Medical and sanitary report of the native army of Bengal for the year
Year: 1874
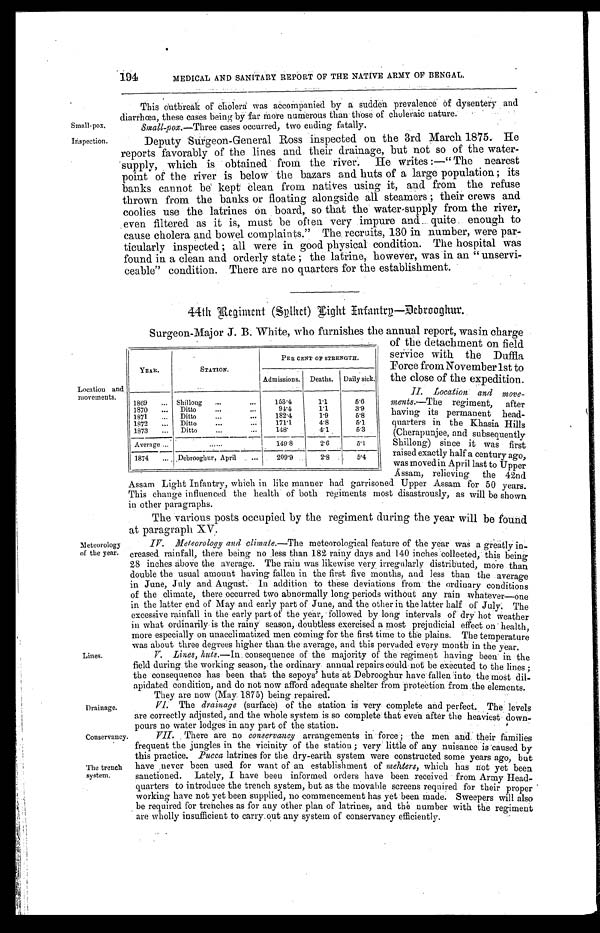
Small - pox.
Inspection.
Conservancy.
The trench
system.
194
MEDICAL AND SANITARY REPORT OF THE NATIVE ARMY OF BENGAL.
tthis outbreak of cholera was accompanied by a Sudden prevalence of dysent
er y
and
diarrhœa, these cases being by far More nurerous than those of choleraic nature.
Small-pox. —Three cases occurred, two ending fatally.
Deputy Surgeon-General Ross inspected on the 3rd March 1875. He
reports favorably of the lines and their drainage, but not so of the water-
supply, which is obtained from the river. He writes :—" The nearest
point of the river is below the bazars and huts of a large population; its
banks cannot be kept clean from natives using it, and from the refuse
thrown from the banks or floating alongside all steamers; their crews and
coolies use the latrines on board, so that the water-supply from the river,
even filtered as it is, must be often very impure and.. quite enough to
cause cholera and bowel complaints." The recruits, 130 in number, were par--
ticularly inspected ; all were in good physical condition. The hospital was
found in a clean and orderly state; the latrine, however, was in an " unservi--
ceable" condition. There are no quarters for the establishment.
44th Regiment (Splint) light Infantrp-debrooghur.
Surgeon-Maior J. B. White, who furnishes the annual report, wasin charge
Location and
movements.
YEAR.
STATION.
PER CENT OF STRENGTH.
Admissions. Deaths. Daily sick.
1869
... Shillong ...
...
153.4
1.1
5.6
1870 ... Ditto
...
...
91.4
1.1
3.9
1871
... Ditto
...
...
182.4
1.9
5.8
1872
... Ditto
...
. . .
171.1
4.8
5.1
1873
... Ditto
...
...
148.
4 . 1 5.3
_
Average ...
. . . . . .
1 4 9 . 8
2.6
5.l
1874 ... ,Debrooghur, April ...
209.9
2 . 8 5.4
of the detachment on field
service with the Duffla
Force from November 1st to
the close of the expedition.
II. Location: and move-
ments.—The regiment, after
having its permanent head-
quarters in the Khasia Hills
(Cherapunjee, and subsequently
Shillong) since it was first
raised exactly half a century ago,
was moved in April last to Upper
Assam, relieving the 42nd
Meteorology
of the year.
Lines.
Drainage.
Assam Light Infantry, which in like manner had garrisoned Upper Assam for 50 years.
This change influenced the health of both regiments most disastrously, as will be shown
in other paragraphs.
The various posts occupied by tine regiment miring the year will be found
at paragraph Xy.
IV
IV. Mereorocogy and, climate.—The meteorological feature of the year was a greatly
in-creased rainfall, there being no less than 182 rainy days and 140 inches:collected, this being
28 inches above the average. The rain was likewise very irregularly distributed, more than
double the usual amount having fallen in the first five months, and less than the average
in June, July and August. In addition to these deviations from . the ordinary conditions
of the climate, there occurred two abnormally long periods without any rain whatever—one
in the latter end of May and early part of June, and the other in the latter half of July. The
excessive rainfall in the early part of the year, followed by long intervals of dry hot weather
in what ordinarily is the rainy season, doubtless exercised a most prejudicial effect on health,
more especially on unacelimatized men coming for the first time to the plains. The temperature
was about three degrees higher than. the average, and this pervaded every month in the year.
V. Lines, huts.—In consequence of the majority of the regiment having been. in the
field during the working season, the ordinary annual repairs could not be executed to the lines.;
the consequence has been that the sepoys' huts at Debrooghur have fallen into the most dil-
apidated condition, and do not now afford adequate shelter from protection from the elements.
They are now (may. 1875 ) being repaired.
VI. The drainage (surface) of the station is very complete and perfect. The levels
are correctly adjusted, and the whole system is so complete that even after the heaviest : down-
pours no water lodges in any part of the station.
VII. There are no conservancy arrangements in force; the men and their families
frequent the jungles in the vicinity of the station; very little of any nuisance is.caused by
this practice. Pucca latrines for the dry-earth system were constructed some years ago, but
have ,never been used for want of an establishment of mehters, which has not yet been
sanctioned. Lately, I have been informed orders
quarters to introduce the trench system, but as the movable screens required for their proper
working have not yet been supplied, no commencement has yet been made. Sweepers will also
be required for trenches as for any other plan of latrines, and the number with the regiment
are wholly insufficient to carry out any system of conservancy efficiently.